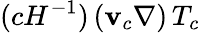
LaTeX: ({c}{H}^{-1})\, (\mathbf{v}_{c}\nabla)\, T_{c}